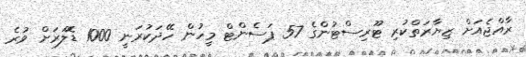
ރާއްޖެއަށް ޒިޔާރަތްކުރި ޓޫރިސްޓުންގެ 57 ޕަސެންޓް މީހުން ހޭދަކުރަނީ 1000 ޑޮލަރަށް ވުރެ